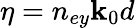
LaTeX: \eta=n_{ey}\mathbf{k}_{0}d